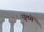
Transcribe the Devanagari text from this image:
धूलमें